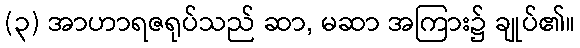
(၃) အာဟာရဇရုပ်သည် ဆာ, မဆာ အကြား၌ ချုပ်၏။